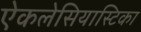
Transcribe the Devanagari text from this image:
ऐकलेसियास्टिका